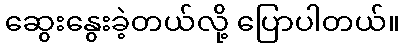
ဆွေးနွေးခဲ့တယ်လို့ ပြောပါတယ်။